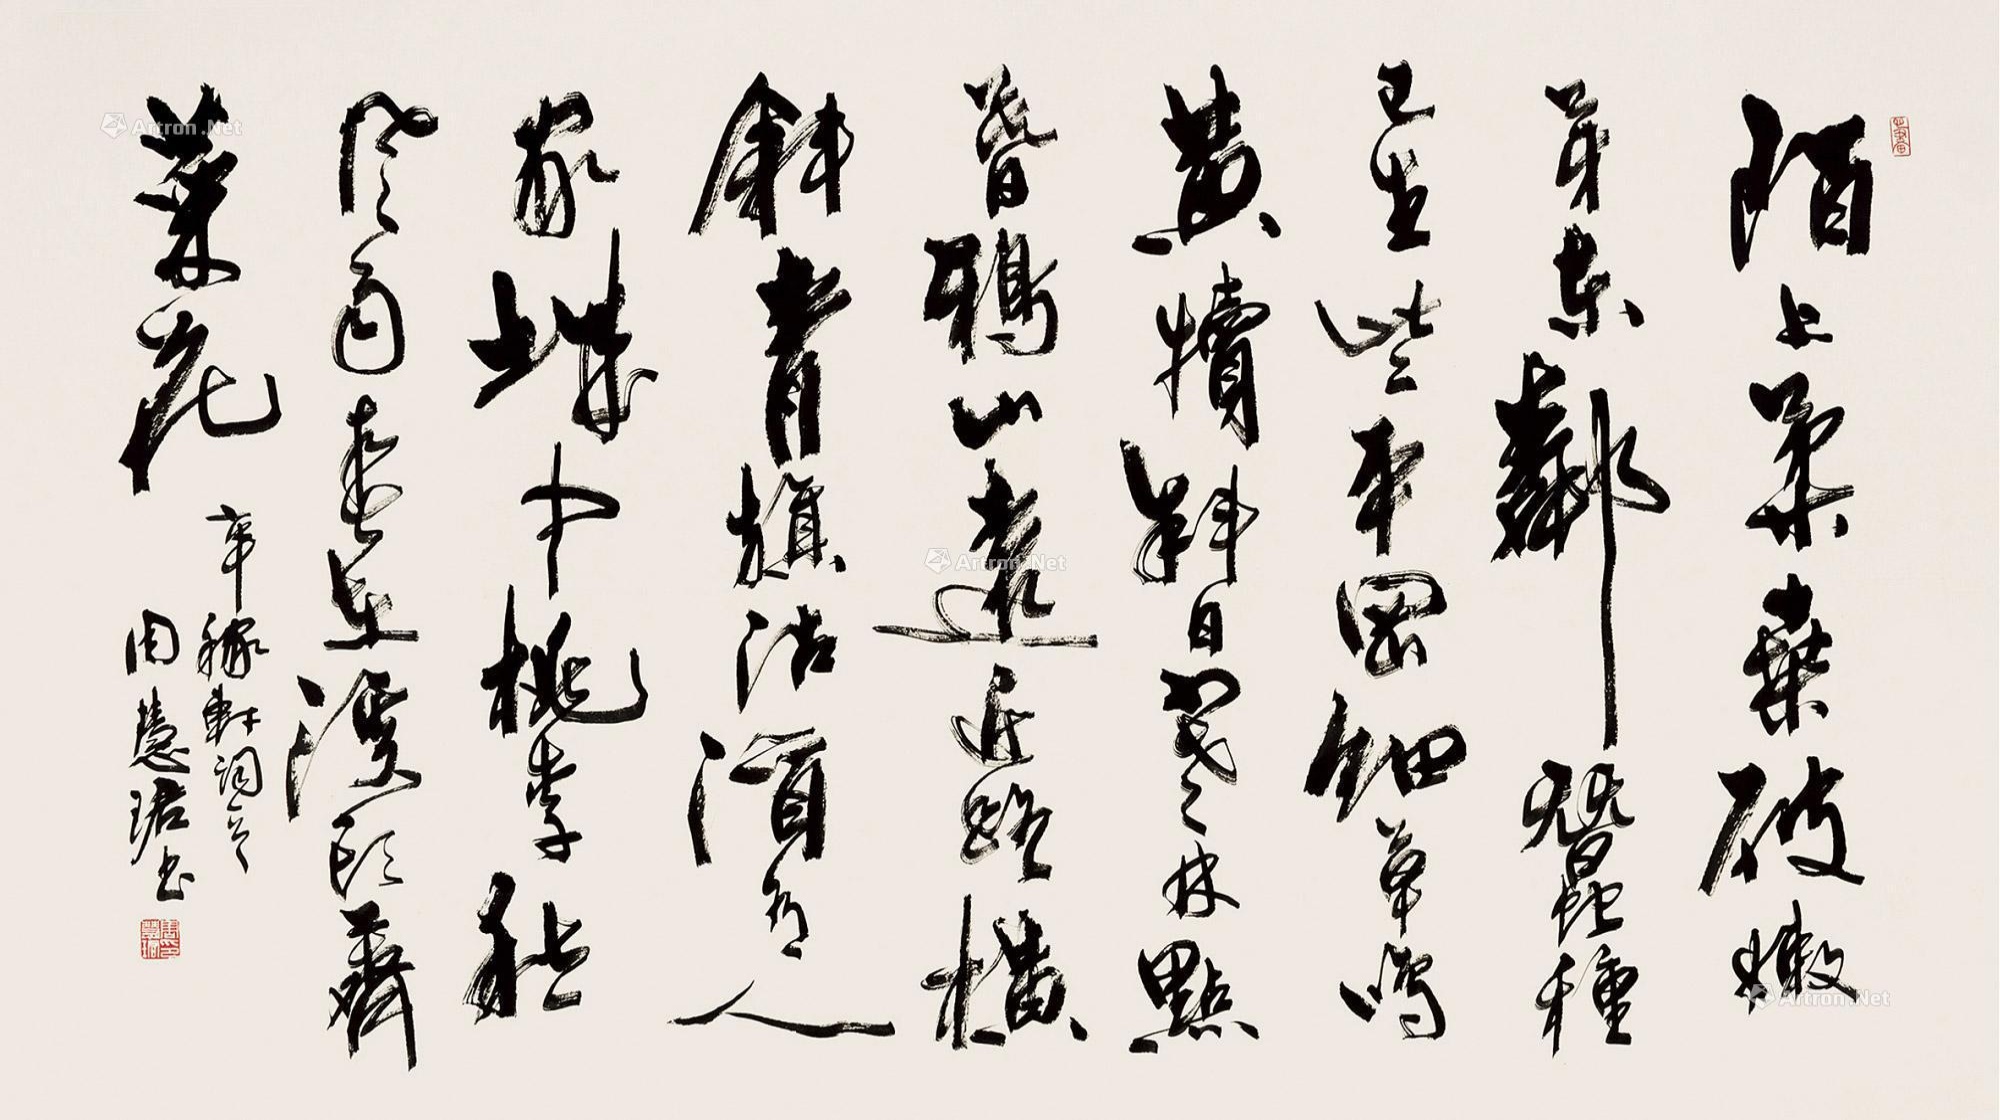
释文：陌上柔桑破嫩芽。东邻蚕种已生些。平冈细草鸣黄犊，斜日寒林点暮鸦。山远近，路横斜。青旗沽酒有人家。城中桃李愁风雨，春在溪头荠菜花。辛稼轩词一首，周慧珺书。